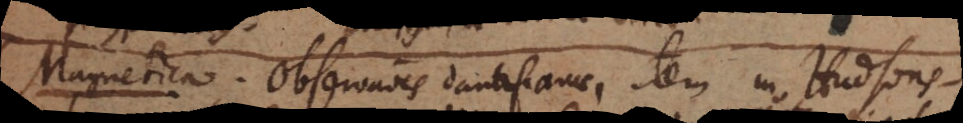
Magnetica. Observationes Dantiscanae, item in Hudsons-